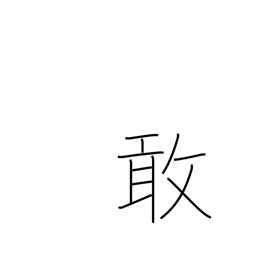
Meaning: sad